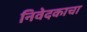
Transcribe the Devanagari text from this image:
निवेदकाचा